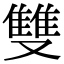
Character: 雙